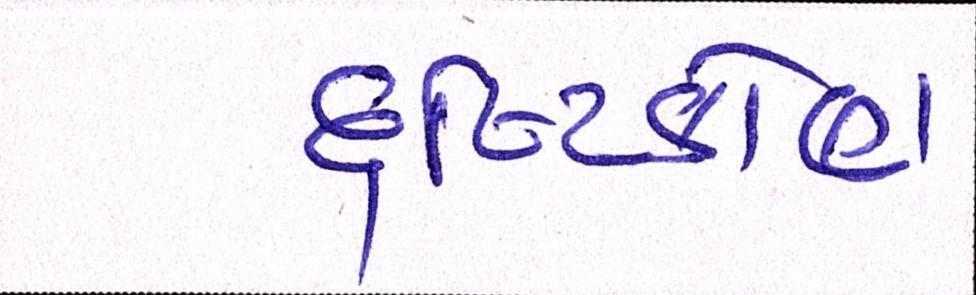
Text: દૃષ્ટિકોણ